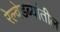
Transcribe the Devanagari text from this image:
रेल्वेडब्यांतील